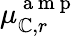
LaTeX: \mu_{\mathbb{C},r}^{\mathrm{{~a~m~p~}}}